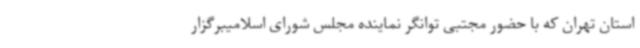
استان تهران که با حضور مجتبی توانگر نماینده مجلس شورای اسلامیبرگزار